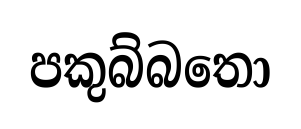
පකුබ්බතො